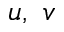
u , ~ v